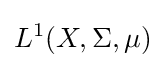
L^{1}(X,\Sigma ,\mu )